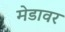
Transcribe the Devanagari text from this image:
मेडावर